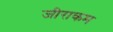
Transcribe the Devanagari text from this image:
जीराकम